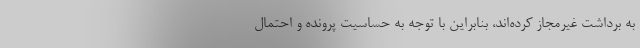
به برداشت غیرمجاز کرده‌اند، بنابراین با توجه به حساسیت پرونده و احتمال